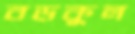
বড়কুল